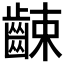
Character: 𪘜